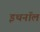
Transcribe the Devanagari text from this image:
इथनॉल